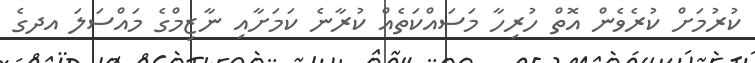
ކުރުމަށް ކުރެވެން އޮތް ހުރިހާ މަސައްކަތެއް ކުރާނެ ކަމަށާއި ނާޒިމްގެ މައްސަލަ އދގެ